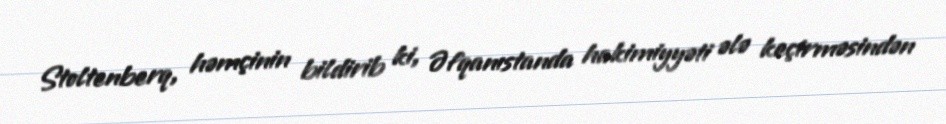
Stoltenberq, həmçinin bildirib ki, Əfqanıstanda hakimiyyəti ələ keçirməsindən